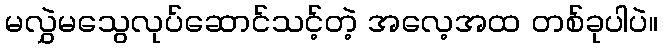
မလွှဲမသွေလုပ်ဆောင်သင့်တဲ့ အလေ့အထ တစ်ခုပါပဲ။